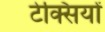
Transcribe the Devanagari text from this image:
टेक्सियों